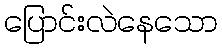
ပြောင်းလဲနေသော